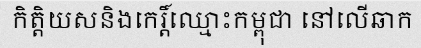
កិត្តិយសនិងកេរ្តិ៍ឈ្មោះកម្ពុជា នៅលើឆាក